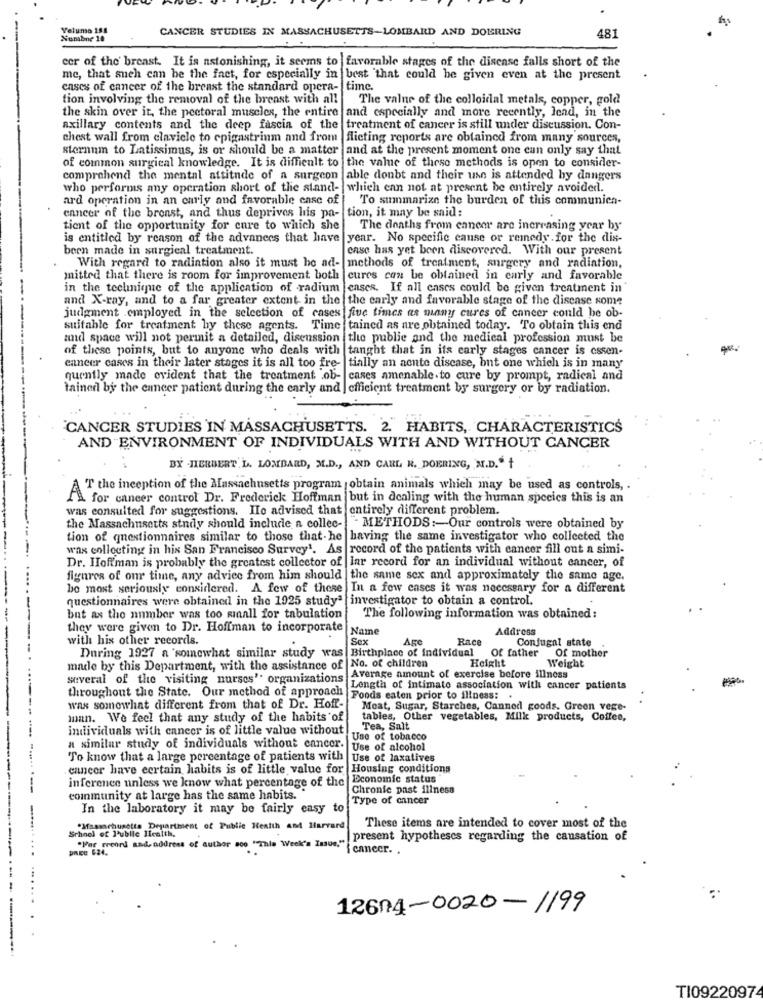
Veluma 19
CANCER STUDIES IN MASSACHUSETTS-LOMBARD AND DOBRING
Nunabne 10
481
cer of the' breast. It is astonishing, it seems to favorable stages of the disease falls short of the
me, that sneh can be the fact, for especially in best that could be given even at the present
cases of cancer of the breast the standard opera-
time.
tion involving the removal of the breast with all
The value of the colloidal metals, copper, gold
the skin over it, the pectoral muscles, the entire and especially and more recently, Jend, in the
axillary contents and the deep fascia of the treatment of cancer is still under discussion. Con-
chest wall from clavicle to epigastrinm and from
flicting reports are obtained from many sources,
sternum to Latissimus, is or should be a matter and at the present moment one can only say that
of common surgical knowledge. It is difficult to the value of these methods is open to consider-
comprehend the mental attitude of a surgeon able doubt and their use is attended by dangers
who performs any operation short of the stand- which can not at present be entirely avoided.
ard operation in an early and favorable ease of
To summarize the burden of this communica-
cancer of the breast, and thus deprives his pa- tion, it may be said:
tient of the opportunity for care to which she
The deaths from caneer are increasing year by
is entitled by reason of the advances that have
year. No specific cause or remedy for the dis-
been made in surgical treatment.
case has yet been discovered. With our present
With regard to radiation also it must be ad- methods of treatment, surgery and radiation,
mitted that there is room for improvement both
cures can be obtained in carly and favorable
in the technique of the application of radium enses. If all cases could be given treatment in
and X-ray, and to a far greater extent in the the early and favorable stage of the disease some
judgment employed in the selection of cases five times as many cures of cancer could be ob-
suitable for treatment by these agents. Time tained as are obtained today. To obtain this end
aund space will not permit a detailed, discussion the publie and the medical profession must be
of these points, but to anyone who deals with
tanght that in its early stages cancer is cssen-
cancer cases in their later stages it is all too fre-
tially an aente disease, but one which is in many
quently made evident that the treatment ob- cases amenable. to cure by prompt, radical and
tained by the cancer patient during the early and | efficient treatment by surgery or by radiation.
CANCER STUDIES IN MASSACHUSETTS. 2. HABITS, CHARACTERISTICS
AND ENVIRONMENT OF INDIVIDUALS WITH AND WITHOUT CANCER
BY .HIERBERT.L. LOMBARD, M.D ., AND CARL N. DOERING, M.D." +
AT the inception of the Massachusetts program obtain animals which may be used as controls, .
fa for cancer control Dr. Frederick Hoffman |but in dealing with the human species this is an
was consulted for suggestions. IIo advised that entirely different problem.
the Massachusetts study should include a collec-
"METHODS :- Our controls were obtained by
tion of questionnaires similar to those that he having the same investigator who collected the
wax collecting in his San Francisco Survey1. As record of the patients with cancer fill out a simi-
Dr. Hoffman is probably the greatest collector of lar record for an individual without cancer, of
figures of our time, any advice from him should the same sex and approximately the same age.
bo most seriously considered. A few of these In a few cases it was necessary for a different
questionnaires were obtained in the 1925 studyª investigator to obtain a control.
but as the number was too miaall for tabulation
The following information was obtained :
they were given to Dr. Hoffman to incorporate Name
Address
with his other records.
Sex
Age
Race
Conjugal state
During 1927 a somewhat similar study was Birthplace of individual Of father Of mother
made by this Department, with the assistance of No. of children
Height
Weight
several of the visiting nurses" organizations
Average amount of exercise before illness
Length of intimate association with cancer patients
throughout the State. Our method of approach Foods eaten prior to illness: .
was somewhat different from that of Dr. Hoff-
Meat, Sugar, Starches, Canned goods. Green vege-
man. We feel that any study of the habits of
tables, Other vegetables, Milk products, Coffee,
individuals with cancer is of little value without
Tea, Salt
Use of tobacco
a similar study of individuals without cancer.
Use of alcohol
To know that a large percentage of patients with
Use of laxatives
cancer have certain habits is of little value for Housing conditions
Economic status
--
inference unless we know what percentage of the
Chronie past illness
community at large has the same habits.
Type of cancer
In the laboratory it may be fairly easy to
"Ifsamchusetts Department of Public Health And Harvard
These items are intended to cover most of the
School of Public licalth.
"War rreord and, address of author soo "This Week's Issue."
present hypotheses regarding the causation of
cancer ..
-----
-.........
12604-0020-1199
........ .
TI09220974